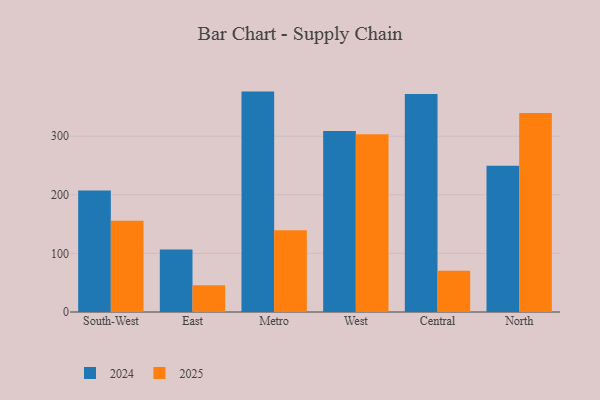
{"axis": {"x": "Region", "y": "Humidity (%)"}, "legend": ["2024", "2025"], "data": [{"x": "South-West", "y": 207.4, "type": "2024"}, {"x": "South-West", "y": 155.7, "type": "2025"}, {"x": "East", "y": 106.5, "type": "2024"}, {"x": "East", "y": 45.8, "type": "2025"}, {"x": "Metro", "y": 376.2, "type": "2024"}, {"x": "Metro", "y": 139.7, "type": "2025"}, {"x": "West", "y": 308.8, "type": "2024"}, {"x": "West", "y": 303.2, "type": "2025"}, {"x": "Central", "y": 372.2, "type": "2024"}, {"x": "Central", "y": 70.2, "type": "2025"}, {"x": "North", "y": 249.7, "type": "2024"}, {"x": "North", "y": 339.6, "type": "2025"}]}